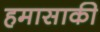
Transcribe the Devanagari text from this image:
हमासाकी